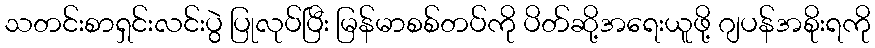
သတင်းစာရှင်းလင်းပွဲ ပြုလုပ်ပြီး မြန်မာစစ်တပ်ကို ပိတ်ဆို့အရေးယူဖို့ ဂျပန်အစိုးရကို